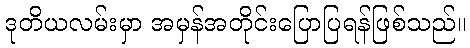
ဒုတိယလမ်းမှာ အမှန်အတိုင်းပြောပြရန်ဖြစ်သည်။